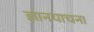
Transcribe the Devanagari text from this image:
ज्ञानयाचना